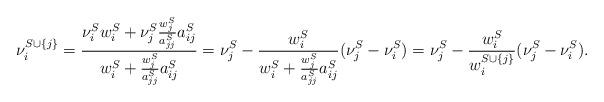
LaTeX: \begin{align*}\nu_i^{S \cup \{j\}} & = \frac{\nu_i^S w_i^S + \nu_j^S \frac{w_j^S}{a_{jj}^S} a_{ij}^S}{w_i^S + \frac{w_j^S}{a_{jj}^S} a_{ij}^S} = \nu_j^S - \frac{w_i^S}{w_i^S + \frac{w_j^S}{a_{jj}^S} a_{ij}^S} (\nu_j^S - \nu_i^S) = \nu_j^S - \frac{w_i^S}{w_i^{S \cup \{j\}}}(\nu_j^S - \nu_i^S).\end{align*}